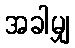
အခါမျှ